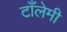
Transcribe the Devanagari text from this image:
टाँलेमी